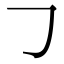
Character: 𠃌